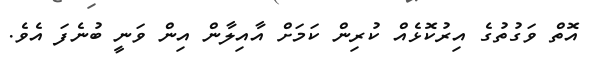
އޮތް ވަގުތުގެ އިރުކޮޅެއް ކުރިން ކަމަށް އާއިލާން އިން ވަނީ ބުނެފަ އެވެ.